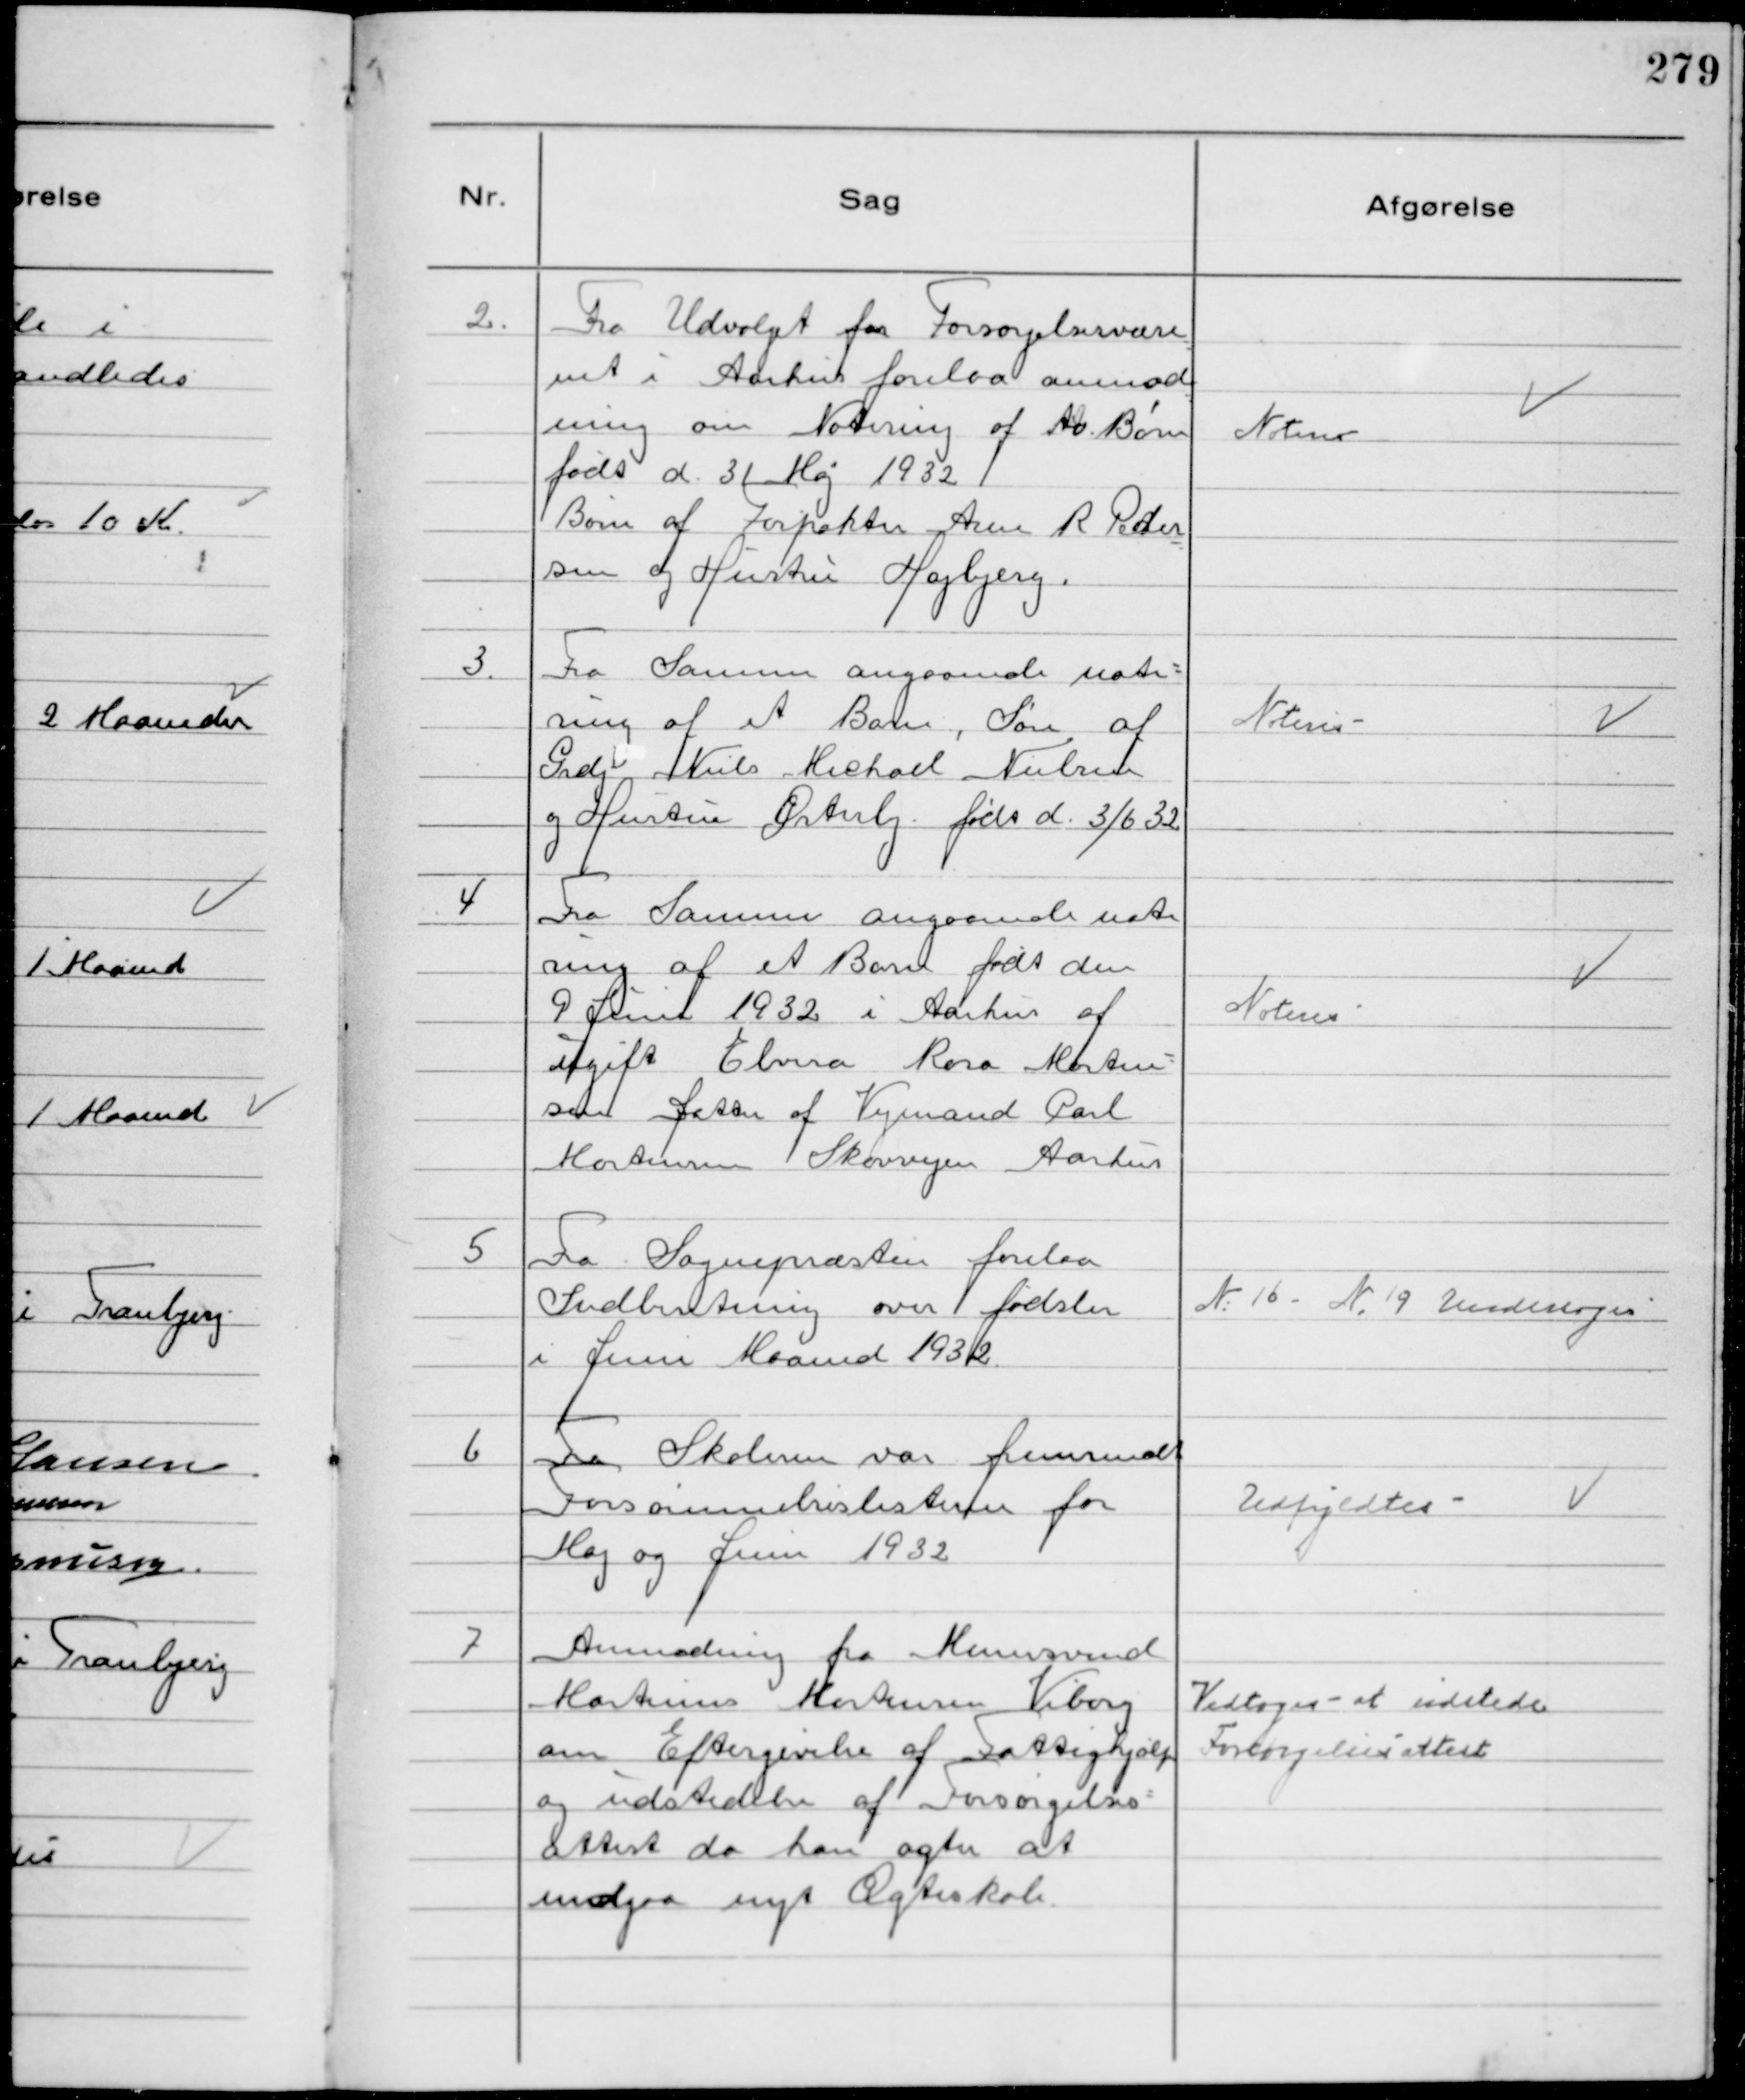
Transskription:
2.
Fra Udvalget for Forsørgelsesvæse
net i Aarhus forelaa anmod
ning om Notering af to Børn
født d. 31 Maj 1932
Børn af Forpakter Arne R Peder
sen og Hustru Højbjerg.

Noteres

3.
Fra Samme angaaende note-
ring af et Barn, Søn af
Grdj Niels Michael Nielsen
og Hustru Østerby født d. 3/6 32

Noteres

4
Fra Samme angaaende note
ring af et Barn født den
9 Juni 1932 i Aarhus af
ugift Elvira Rosa Morten-
sen Datter af Vejmand Carl
Mortensen Skovvejen Aarhus

Noteres

5
Fra Sognepræsten forelaa
Indberetning over fødsler
i Juni Maaned 1932.

№16 - №19 Undersøges

6
Fra Skolerne var fremsendt
Forsømmelseslisterne for
Maj og Juni 1932

Udfyldtes

7
Anmodning fra Murersvend
Martinus Mortensen Viborg
om Eftergivelse af Fattighjælp
og udstedelse af Forsørgelses-
attest da han agter at
indgaa nyt Ægteskab.

Vedtoges - at udstede
Forsørgelsesattest